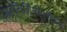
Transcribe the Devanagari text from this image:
ग्रहनिर्मितीपूर्वीच्या